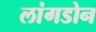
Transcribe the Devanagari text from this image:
लांगडोन